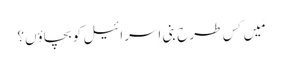
مَیں کِس طرح بنی اِسرائیل کو بچاؤں؟